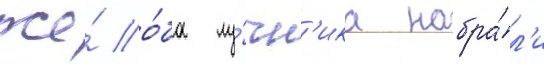
же́ о́ба лу́чн'ика набра́л'и